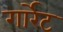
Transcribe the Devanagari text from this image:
गार्रेट